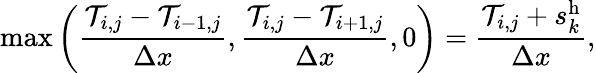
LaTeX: \operatorname*{max}{\left(\frac{\mathcal{T}_{i,j}-\mathcal{T}_{i-1,j}}{\Delta x},\frac{\mathcal{T}_{i,j}-\mathcal{T}_{i+1,j}}{\Delta x},0\right)}=\frac{\mathcal{T}_{i,j}+s_{k}^{\mathrm{h}}}{\Delta x},